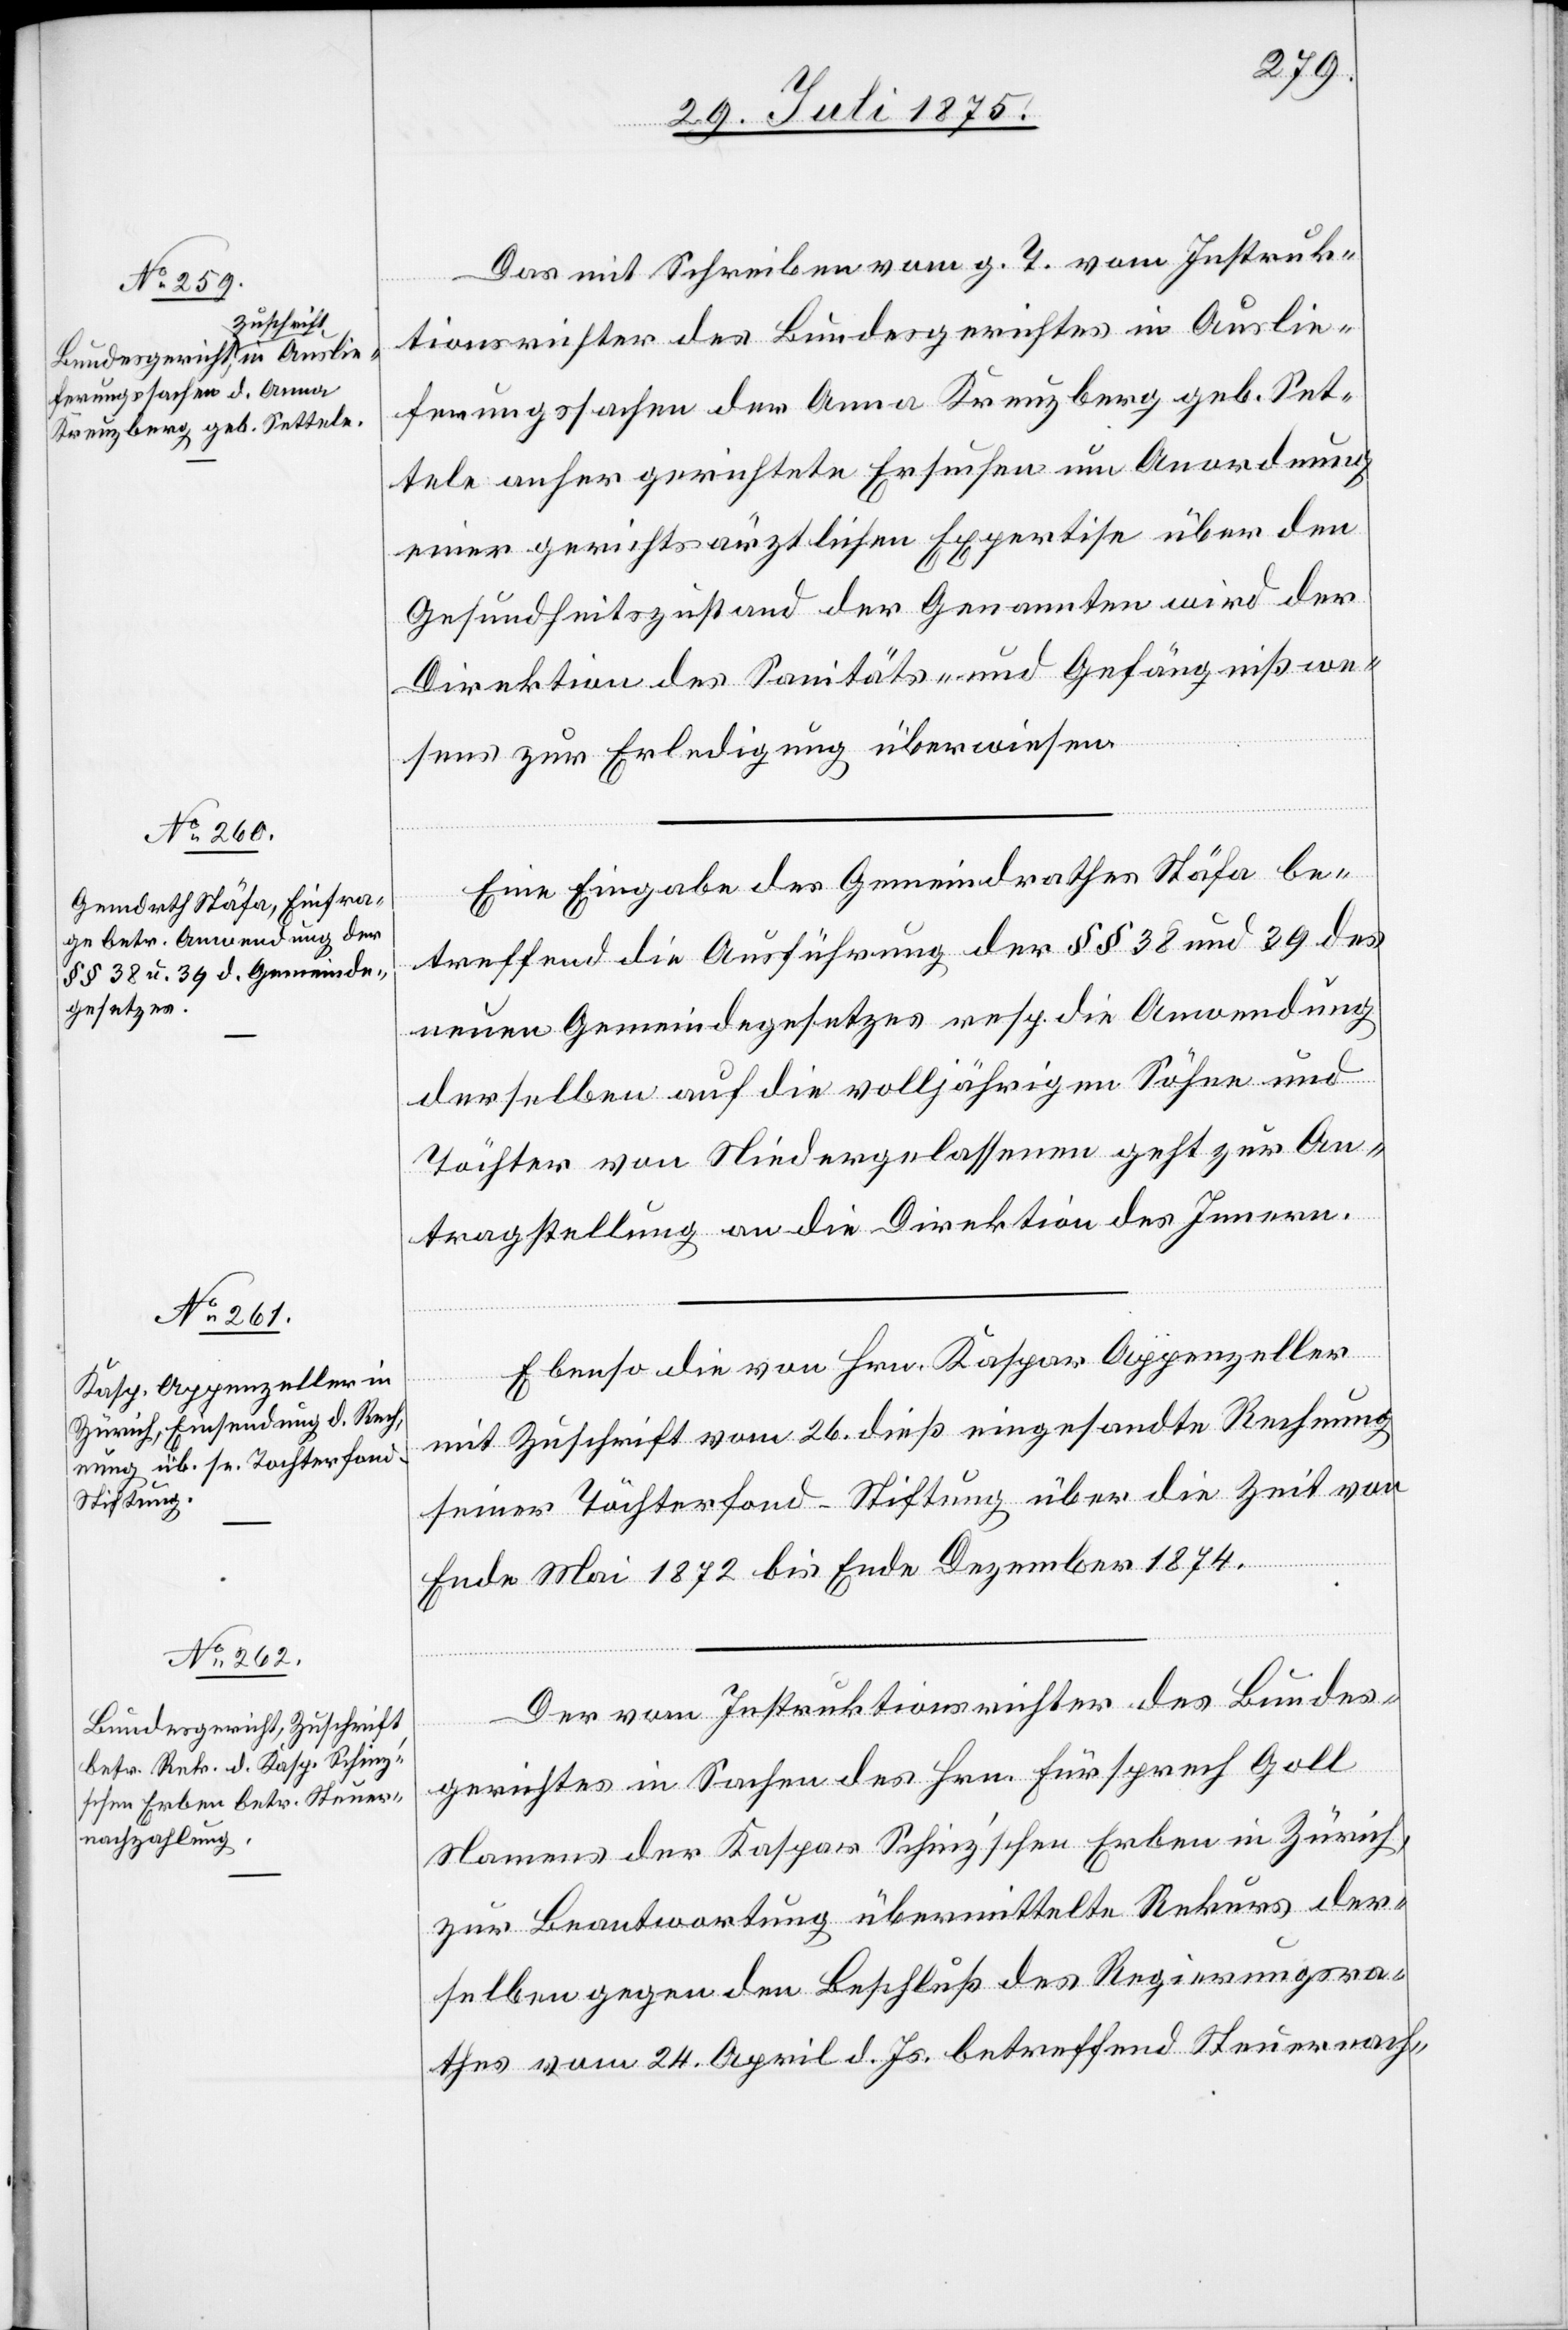
30.

1875.]
Das mit Schreiben vom g. T. vom Instruk¬
tionsrichter des Bundesgerichtes in Auslie¬
ferungssachen der Anna Kreuzberg geb. Set¬
tele anher gerichtete Ersuchen um Anordnung
einer gerichtsärztlichen Expertise über den
Gesundheitszustand der Genannten wird der
Direktion des Sanitäts- und Gefängnißwe¬
sens zur Erledigung überwiesen.
Eine Eingabe des Gemeindrathes Stäfa be¬
treffend die Ausführung der §§ 38 und 39 des
neuen Gemeindegesetzes resp. die Anwendung
derselben auf die volljährigen Söhne und
Töchter von Niedergelassenen geht zur An¬
tragstellung an die Direktion des Innern.
Ebenso die von Hrn. Kaspar Appenzeller
mit Zuschrift vom 26. dieß eingesandte Rechnung
seiner Töchterfond-Stiftung über die Zeit von
Ende Mai 1872 bis Ende Dezember 1874.
Der vom Instruktionsrichter des Bundes¬
gerichtes in Sachen des Hrn. Fürsprech Goll
Namens der Kaspar Schinz’schen Erben in Zürich,
zur Beantwortung übermittelte Rekurs der¬
selben gegen den Beschluß des Regierungsra¬
thes vom 24. April d. Js. betreffend Steuernach-